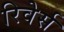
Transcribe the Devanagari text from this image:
रिवेर्स